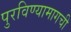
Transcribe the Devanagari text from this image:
पुरविण्यामागची